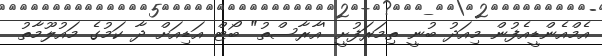
އެމްއެންޑީއެފުން މިއަދު ބުނީ ތިމަރަފުށީ 'އާރާސްތު" ބޯޓް އަޑިއަށް ދާ ކަމުގެ މައުލޫމާތު